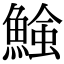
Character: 𩹑